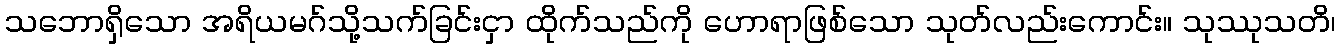
သဘောရှိသော အရိယမဂ်သို့သက်ခြင်းငှာ ထိုက်သည်ကို ဟောရာဖြစ်သော သုတ်လည်းကောင်း။ သုဿုသတိ၊